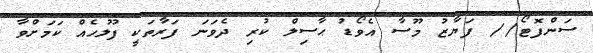
ސަންފޮޓޯ// ފަޔާޒު މޫސާ އެވޯޑު ޙާސިލް ކުރި ދެވަނަ ފަރާތަކީ ފުލުހެއް ކަމަށްވާ